EAOK_Sinod, lk 56
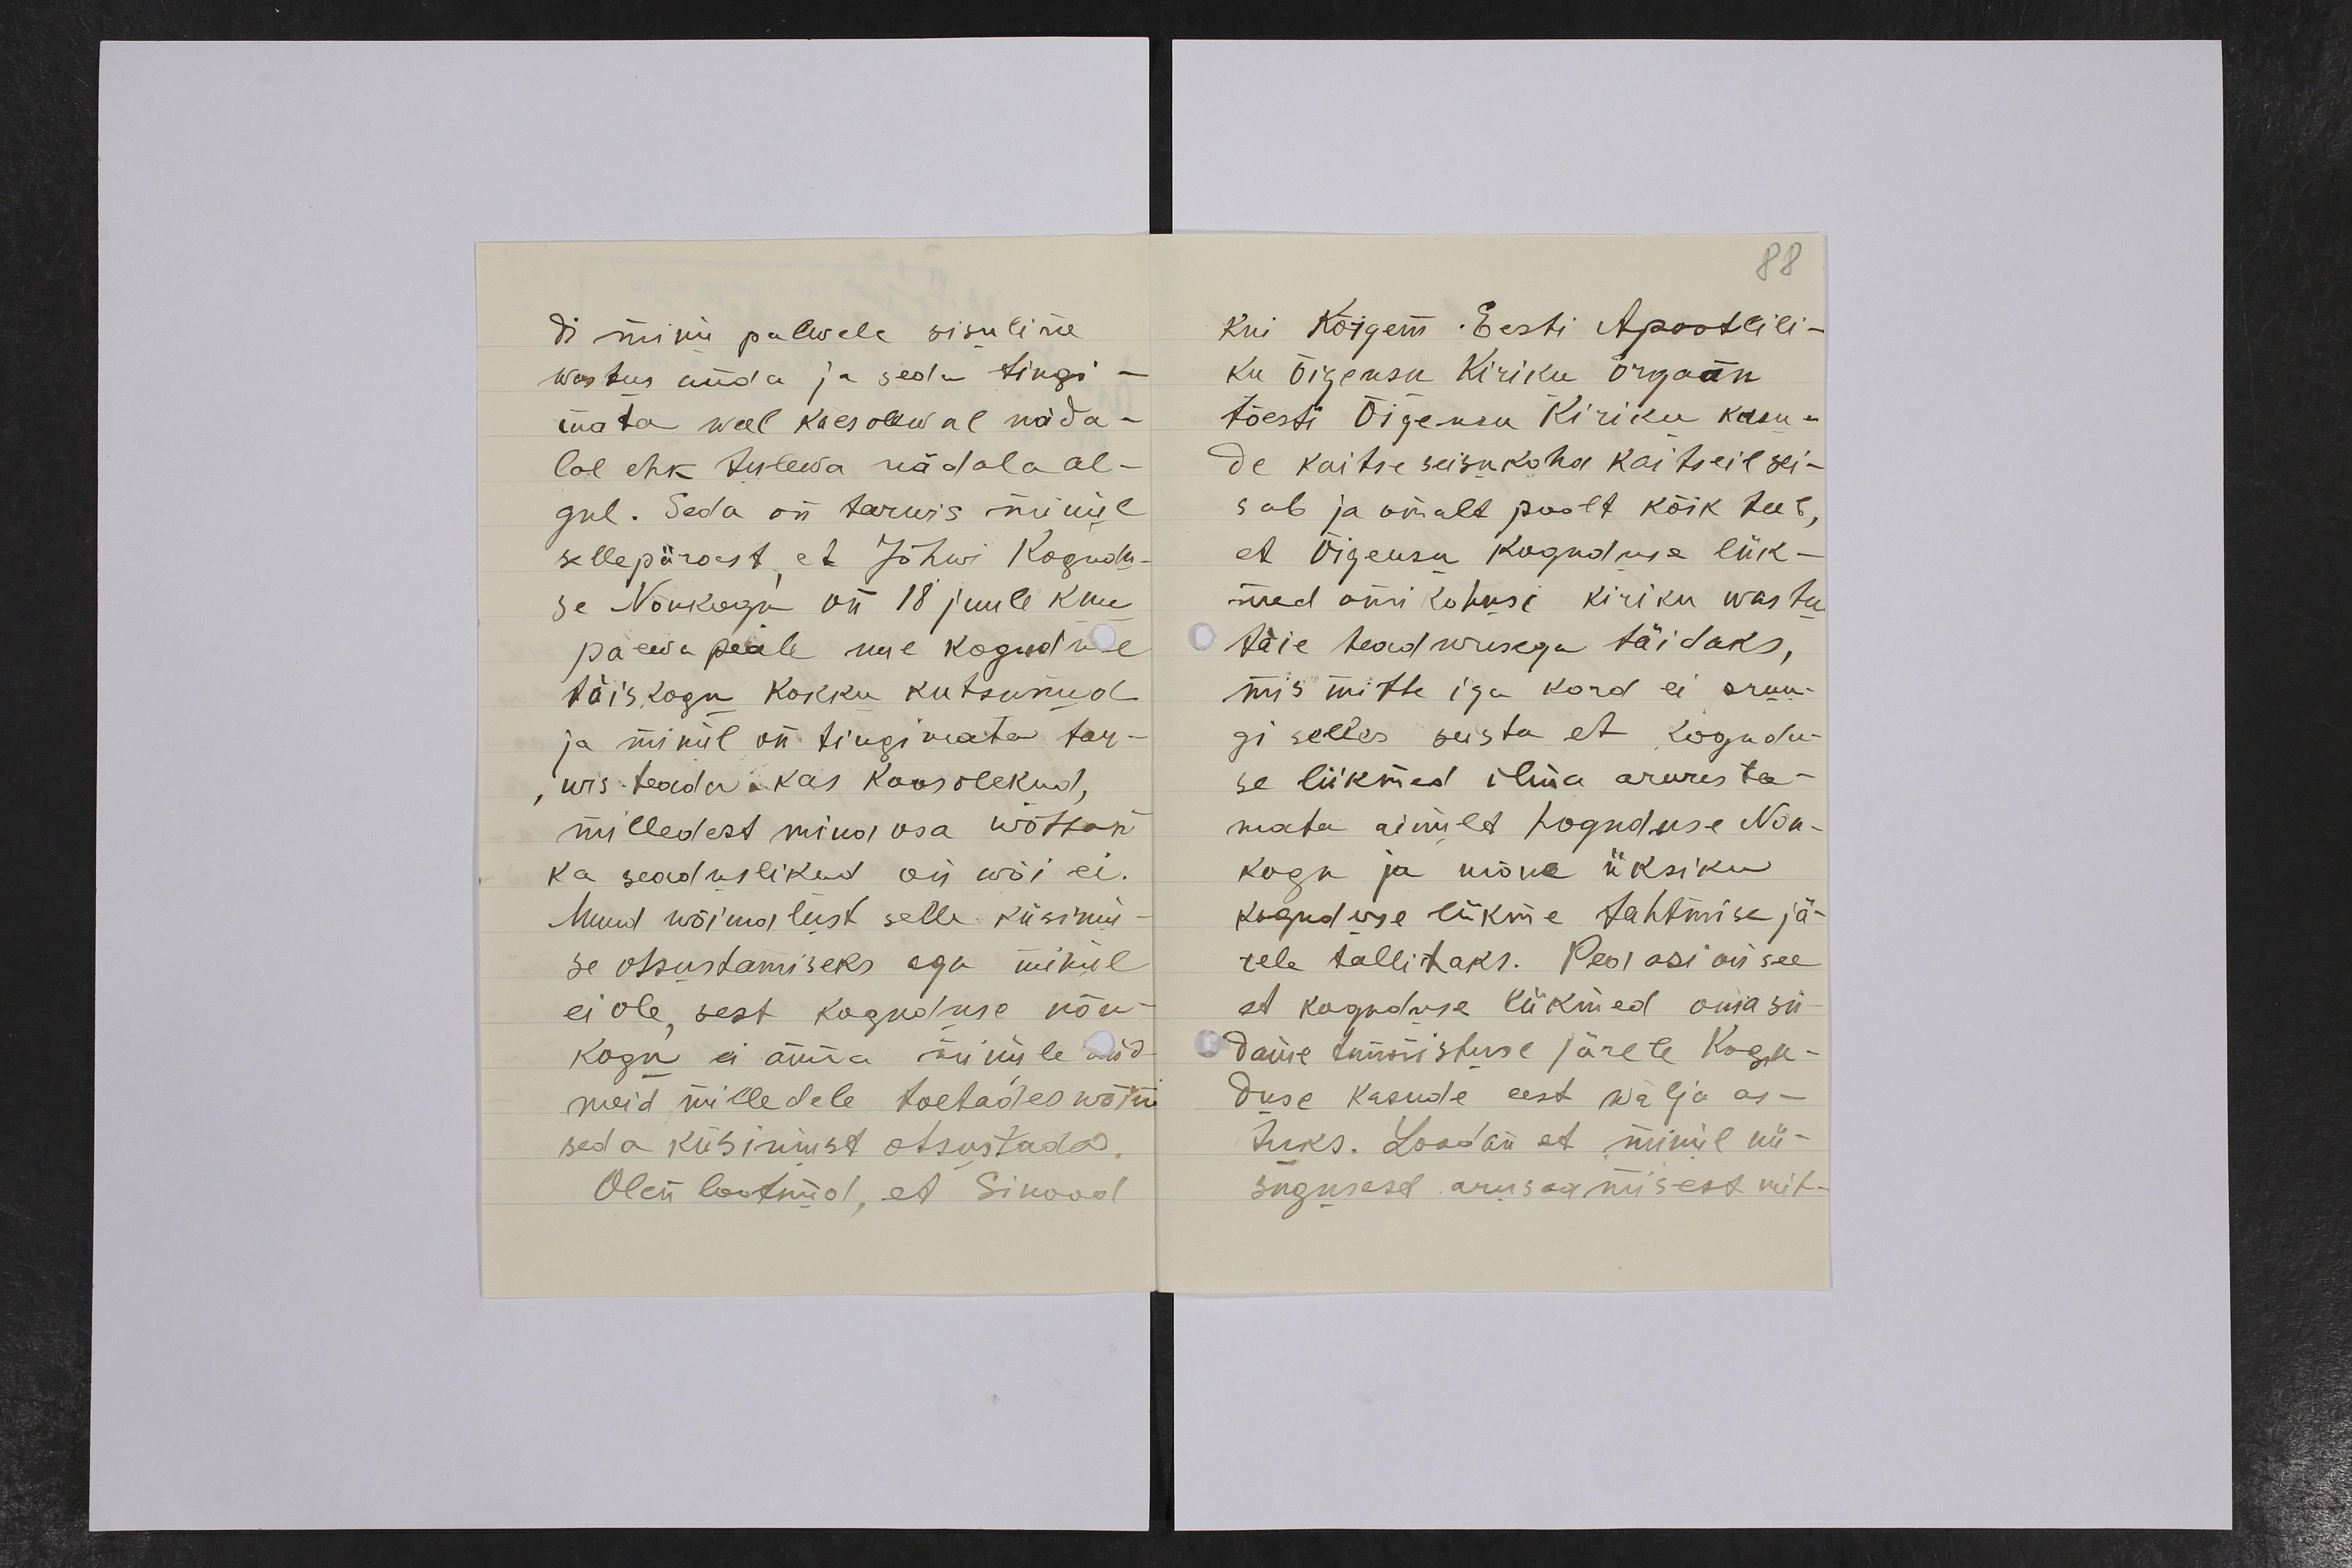
di minu palwele sisuline
wastus anda ja seda tingi-
mata weel käesolewal näda-
lal ehk tulewa nädala al-
gul. Seda on tarwis minul
sellepärast, et Jõhwi Kogudu-
se Nõukogu on 18 juuli kuu
päewa peale uue Koguduse
täiskogu kokku kutsunud
ja minul on tingimata tar-
wis teada kas koosolekud,
milledest mina osa wõttan
ka seaduslikud on wõi ei.
Muud wõimalust selle küsimu-
se otsustamiseks aga minul
ei ole, sest koguduse nõu-
kogu ei anna minule and-
meid milledele toetades wõin
seda küsimust otsustada.
Olen lootnud, et Sinood

88
Kui Kõigem Eesti Apostlili-
ku Õigeusu Kiriku orgaan
tõesti Õigeusu Kiriku kasu-
de kaitse seisukoha kaitseil sei-
sab ja omalt poolt kõik teeb,
et Õigeusu Koguduse liik-
med omi kohusi kiriku wastu
täie teadwusega täidaks,
mis mitte iga kord ei pruu-
gi selles seista, et kogudu-
se liikmed ilma arwesta-
mata ainult Koguduse Nõu-
kogu ja mõne üksiku
koguduse liikme tahtmise jä-
rele tallitaks. Pea asi on see
et koguduse liikmed oma sü-
dame tunnistuse järele Kogu-
duse kasude eest wälja as-
tuks. Loodan et minul nii-
sugusest arusaamisest mit-